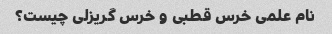
نام علمی خرس قطبی و خرس گریزلی چیست؟